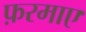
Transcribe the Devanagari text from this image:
फ़रमाए